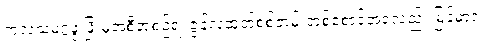
ကုလသမဂ္ဂဖွံ့ဖြိုးမှုအစီအစဉ်ရဲ့ ဇွန်လထုတ်စစ်တမ်းတစ်စောင်အရလည်း မြန်မာရဲ့